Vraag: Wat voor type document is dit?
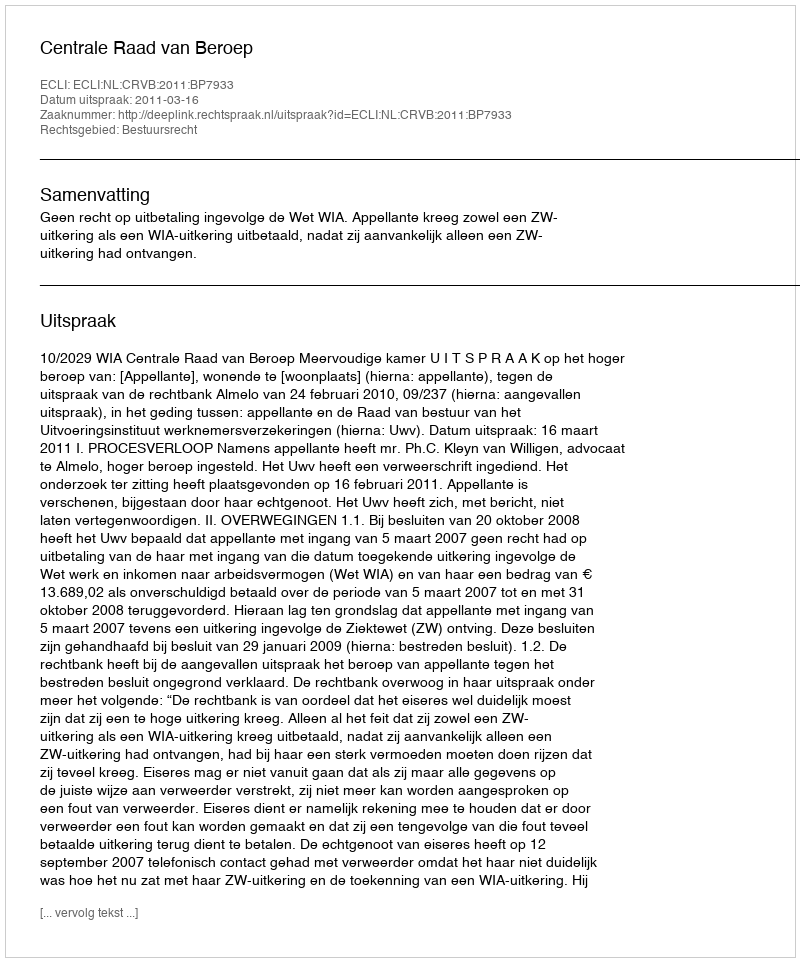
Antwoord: Uitspraak